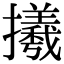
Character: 𢸤